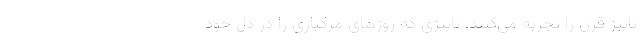
پاییز قرن را تجربه می‌کنند، پاییزی که روزهای مرگباری را در دل خود